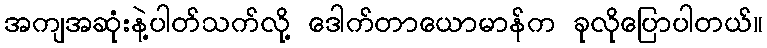
အကျအဆုံးနဲ့ပါတ်သက်လို့ ဒေါက်တာယောမာန်က ခုလိုပြောပါတယ်။